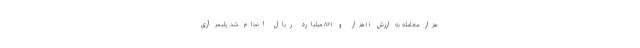
هزار معامله به ارزش ۱۱هزار و ۸۶۱ میلیارد ریال انجام شد. پلیمر آری